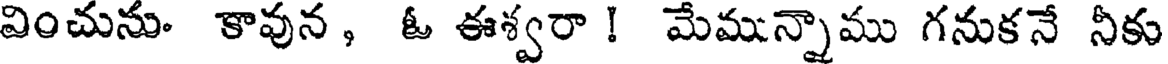
వించును కావున , ఓ ఈశ్వరా ! మేమున్నాము గనుకనే నీకు